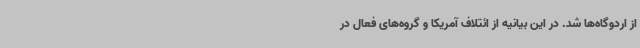
از اردوگاه‌ها شد. در این بیانیه از ائتلاف آمریکا و گروه‌های فعال در